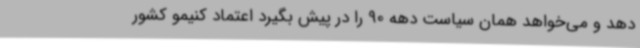
دهد و می‌خواهد همان سیاست دهه 90 را در پیش بگیرد اعتماد کنیمو کشور